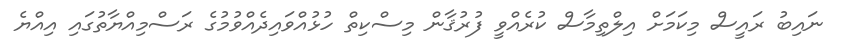
ނައިބު ރައީސް މިކަމަށް އިލްތިމާސް ކުރެއްވީ ފުރުޤާން މިސްކިތް ހުޅުއްވައިދެއްވުމުގެ ރަސްމިއްޔާތުގައި އިއްޔެ